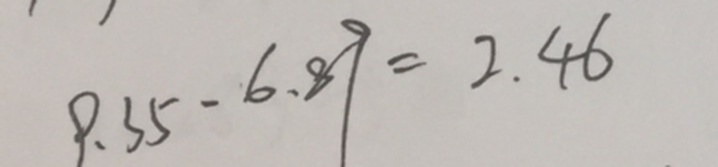
9 . 3 5 - 6 . 8 9 = 2 . 4 6